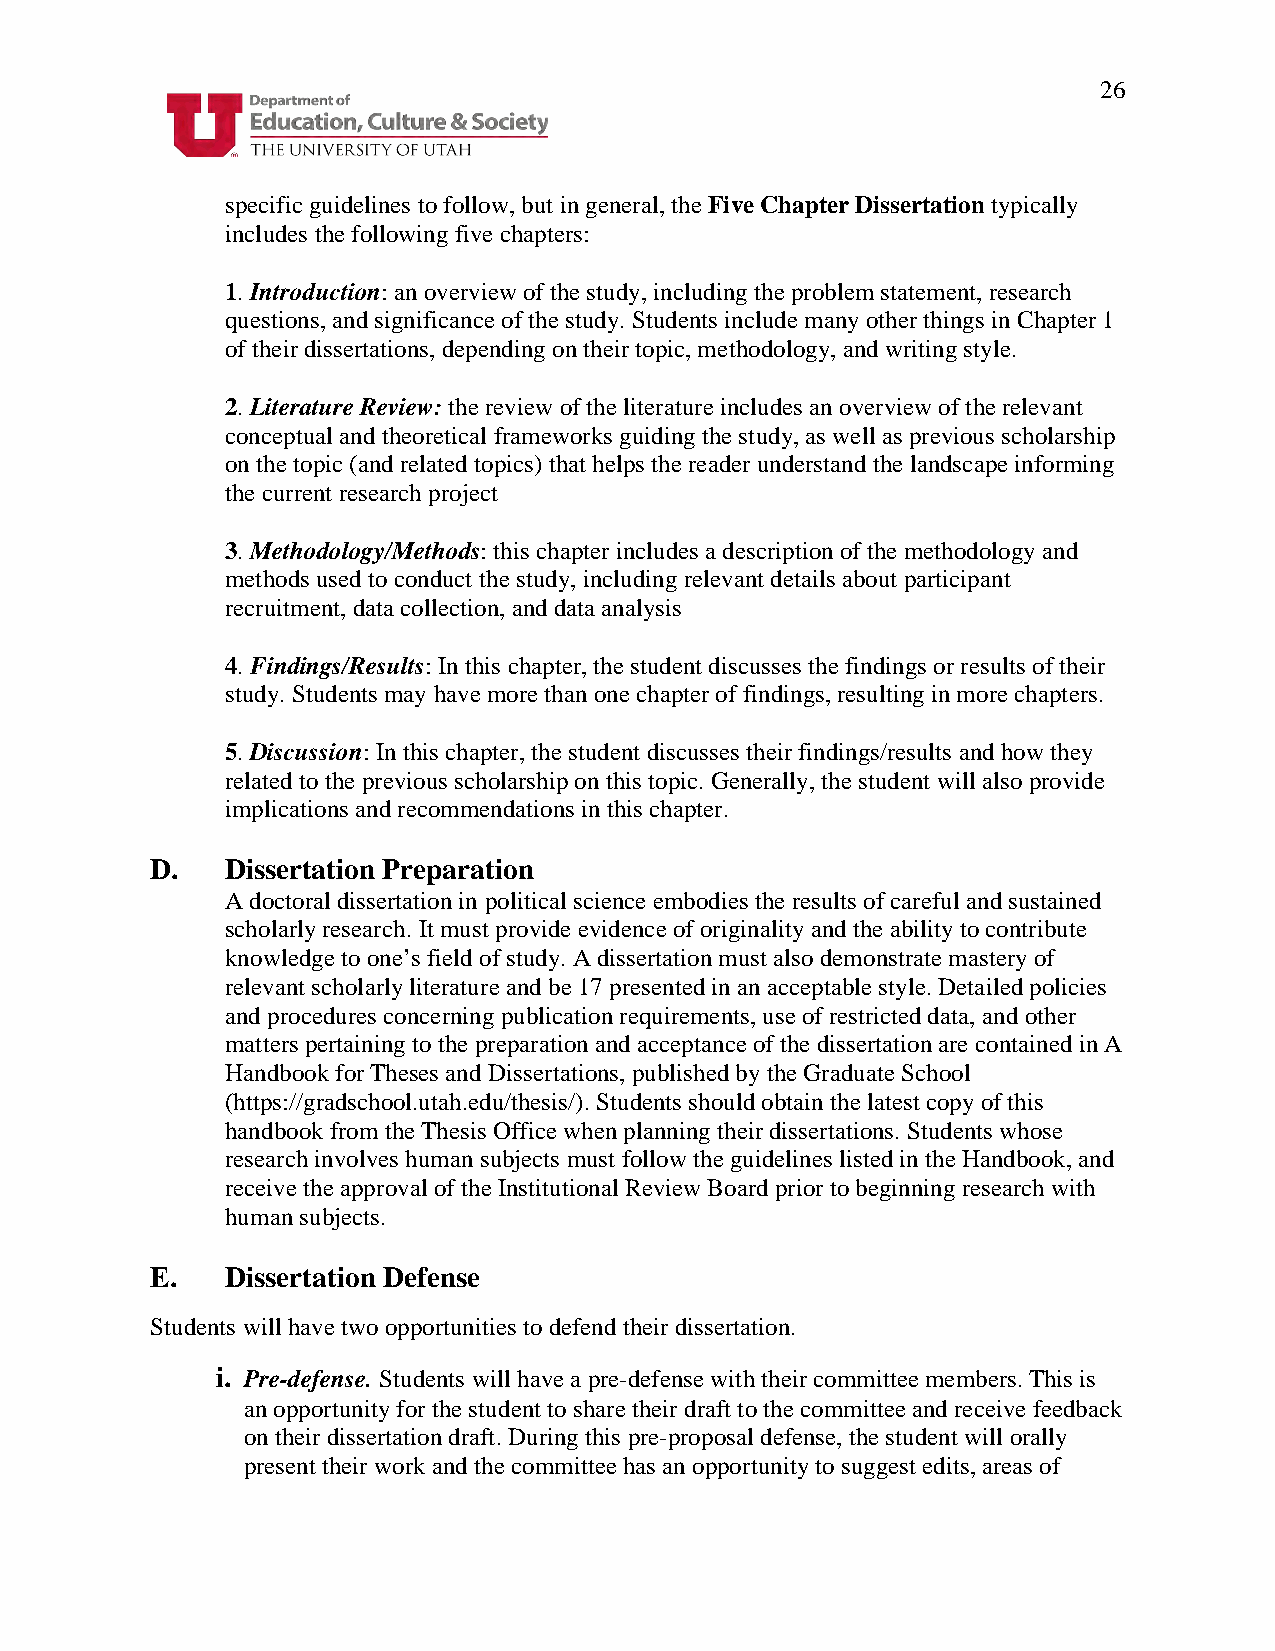
26
 specific guidelines to follow, but in general, the Five Chapter Dissertation typically
 includes the following five chapters:
 1. Introduction: an overview of the study, including the problem statement, research
 questions, and significance of the study. Students include many other things in Chapter 1
 of their dissertations, depending on their topic, methodology, and writing style.
 2. Literature Review: the review of the literature includes an overview of the relevant
 conceptual and theoretical frameworks guiding the study, as well as previous scholarship
 on the topic (and related topics) that helps the reader understand the landscape informing
 the current research project
 3. Methodology/Methods: this chapter includes a description of the methodology and
 methods used to conduct the study, including relevant details about participant
 recruitment, data collection, and data analysis
 4. Findings/Results: In this chapter, the student discusses the findings or results of their
 study. Students may have more than one chapter of findings, resulting in more chapters.
 5. Discussion: In this chapter, the student discusses their findings/results and how they
 related to the previous scholarship on this topic. Generally, the student will also provide
 implications and recommendations in this chapter.
 D.   Dissertation Preparation
 A doctoral dissertation in political science embodies the results of careful and sustained
 scholarly research. It must provide evidence of originality and the ability to contribute
 knowledge to one’s field of study. A dissertation must also demonstrate mastery of
 relevant scholarly literature and be 17 presented in an acceptable style. Detailed policies
 and procedures concerning publication requirements, use of restricted data, and other
 matters pertaining to the preparation and acceptance of the dissertation are contained in A
 Handbook for Theses and Dissertations, published by the Graduate School
 (https://gradschool.utah.edu/thesis/). Students should obtain the latest copy of this
 handbook from the Thesis Office when planning their dissertations. Students whose
 research involves human subjects must follow the guidelines listed in the Handbook, and
 receive the approval of the Institutional Review Board prior to beginning research with
 human subjects.
 E.   Dissertation Defense
 Students will have two opportunities to defend their dissertation.
 i. Pre-defense. Students will have a pre-defense with their committee members. This is
 an opportunity for the student to share their draft to the committee and receive feedback
 on their dissertation draft. During this pre-proposal defense, the student will orally
 present their work and the committee has an opportunity to suggest edits, areas of